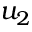
u _ { 2 }